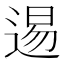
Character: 逷